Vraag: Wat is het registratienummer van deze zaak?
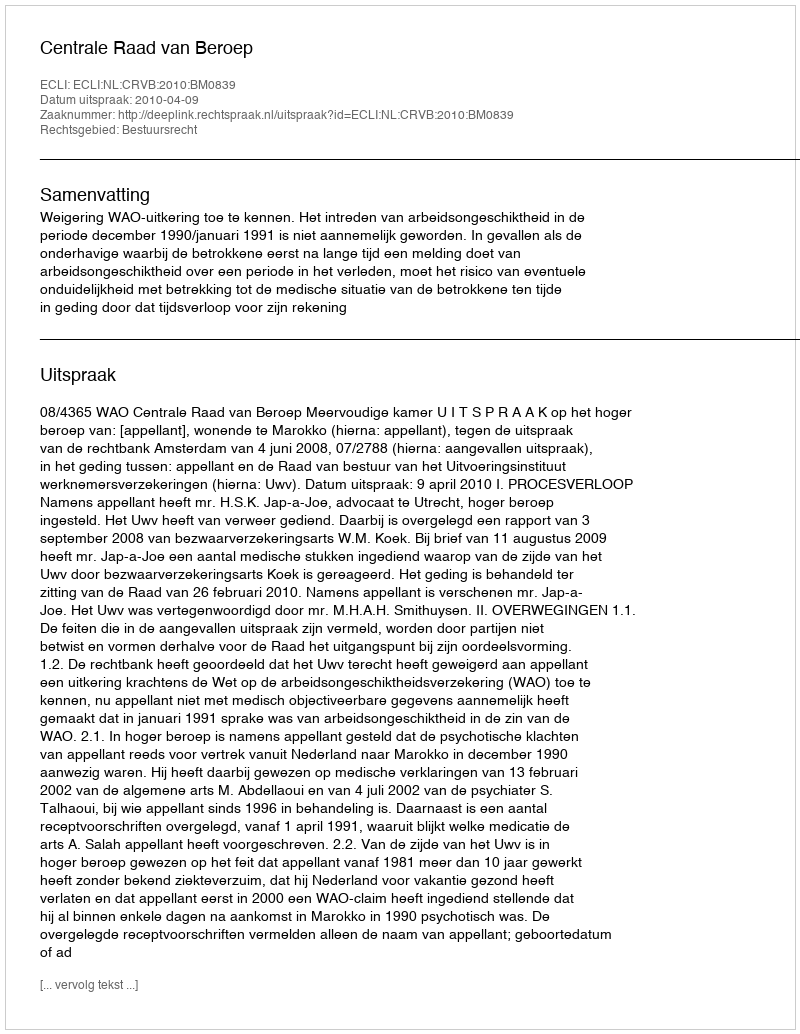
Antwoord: http://deeplink.rechtspraak.nl/uitspraak?id=ECLI:NL:CRVB:2010:BM0839